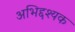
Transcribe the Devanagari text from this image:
अभिद्दश्यक